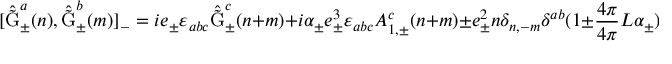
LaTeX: [ \hat { \tilde { \mathrm { G } } } _ { \pm } ^ { a } ( n ) , \hat { \tilde { \mathrm { G } } } _ { \pm } ^ { b } ( m ) ] _ { - } = i e _ { \pm } \varepsilon _ { a b c } \hat { \tilde { \mathrm { G } } } _ { \pm } ^ { c } ( n + m ) + i { \alpha } _ { \pm } e _ { \pm } ^ { 3 } \varepsilon _ { a b c } A _ { 1 , \pm } ^ { c } ( n + m ) \pm e _ { \pm } ^ { 2 } n \delta _ { n , - m } \delta ^ { a b } ( 1 \pm \frac { 4 \pi } { 4 \pi } { L } \alpha _ { \pm } ) .